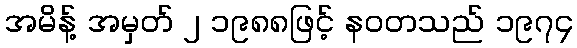
အမိန့် အမှတ် ၂ ၁၉၈၈ဖြင့် နဝတသည် ၁၉၇၄